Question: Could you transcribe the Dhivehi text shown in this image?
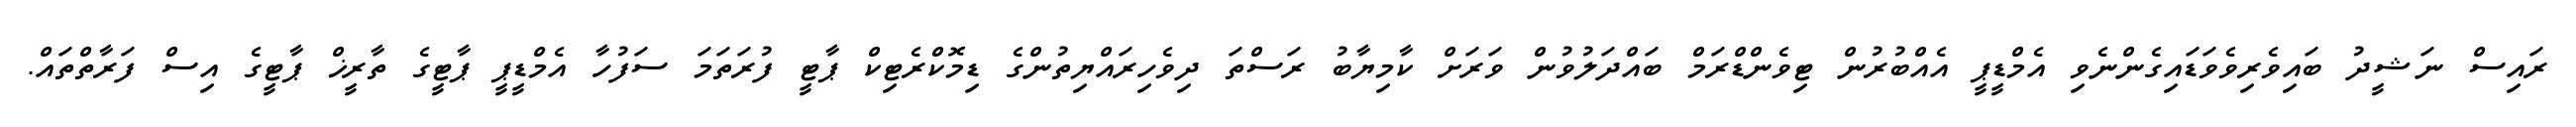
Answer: ރައިސް ނަޝީދު ބައިވެރިވެވަޑައިގެންނެވި އެމްޑީޕީ އެއްބުރުން ޓިވެންޑްރަމް ބައްދަލުވުން ވަރަށް ކާމިޔާބު ރަސްތަ ދިވެހިރައްޔިތުންގެ ޑިމޮކްރެޓިކް ޕާޓީ ފުރަތަމަ ސަފުހާ އެމްޑީޕީ ޕާޓީގެ ތާރީޚް ޕާޓީގެ އިސް ފަރާތްތައް.